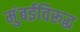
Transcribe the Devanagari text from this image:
मुंबईविरूद्ध